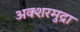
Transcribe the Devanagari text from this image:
अक्शरमुद्रा